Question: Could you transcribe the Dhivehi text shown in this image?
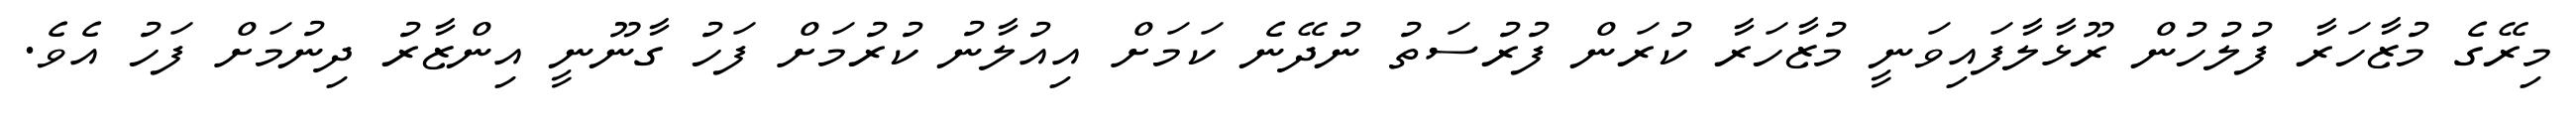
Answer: މިރޭގެ މުޒާހަރާ ފުލުހުން ރޫޅާލާފައިވަނީ މުޒާހަރާ ކުރަން ފުރުސަތު ނުދޭނެ ކަމަށް އިއުލާނު ކުރުމަށް ފަހު ގާނޫނީ އިންޒާރު ދިނުމަށް ފަހު އެވެ.